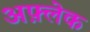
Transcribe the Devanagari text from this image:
अफ़्लेक